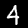
Label: 4